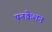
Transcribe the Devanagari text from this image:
पनक्रेशन